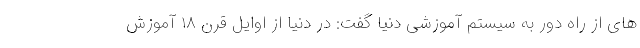
های از راه دور به سیستم آموزشی دنیا گفت: در دنیا از اوایل قرن ۱۸ آموزش